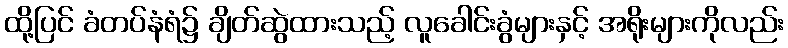
ထို့ပြင် ခံတပ်နံရံ၌ ချိတ်ဆွဲထားသည့် လူခေါင်းခွံများနှင့် အရိုးများကိုလည်း